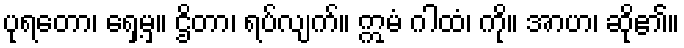
ပုရတော၊ ရှေ့မှ။ ဌိတာ၊ ရပ်လျက်။ ဣမံ ဂါထံ၊ ကို။ အာဟ၊ ဆို၏။